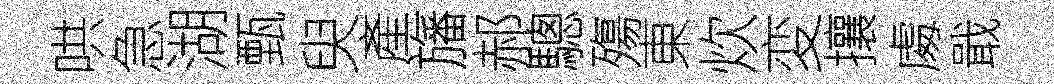
哄急湖甄臾產旛郝驄殤東炊変攘䖏戢